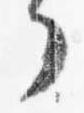
了